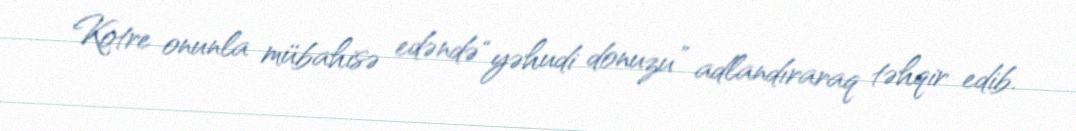
Kotre onunla mübahisə edəndə “yəhudi donuzu” adlandıraraq təhqir edib.